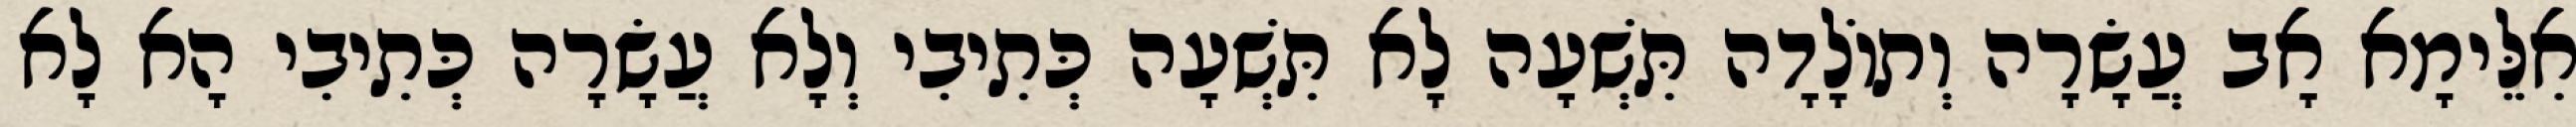
אִלֵּימָא אָב עֲשָׂרָה וְתוֹלָדָה תִּשְׁעָה לָא תִּשְׁעָה כְּתִיבִי וְלָא עֲשָׂרָה כְּתִיבִי הָא לָא